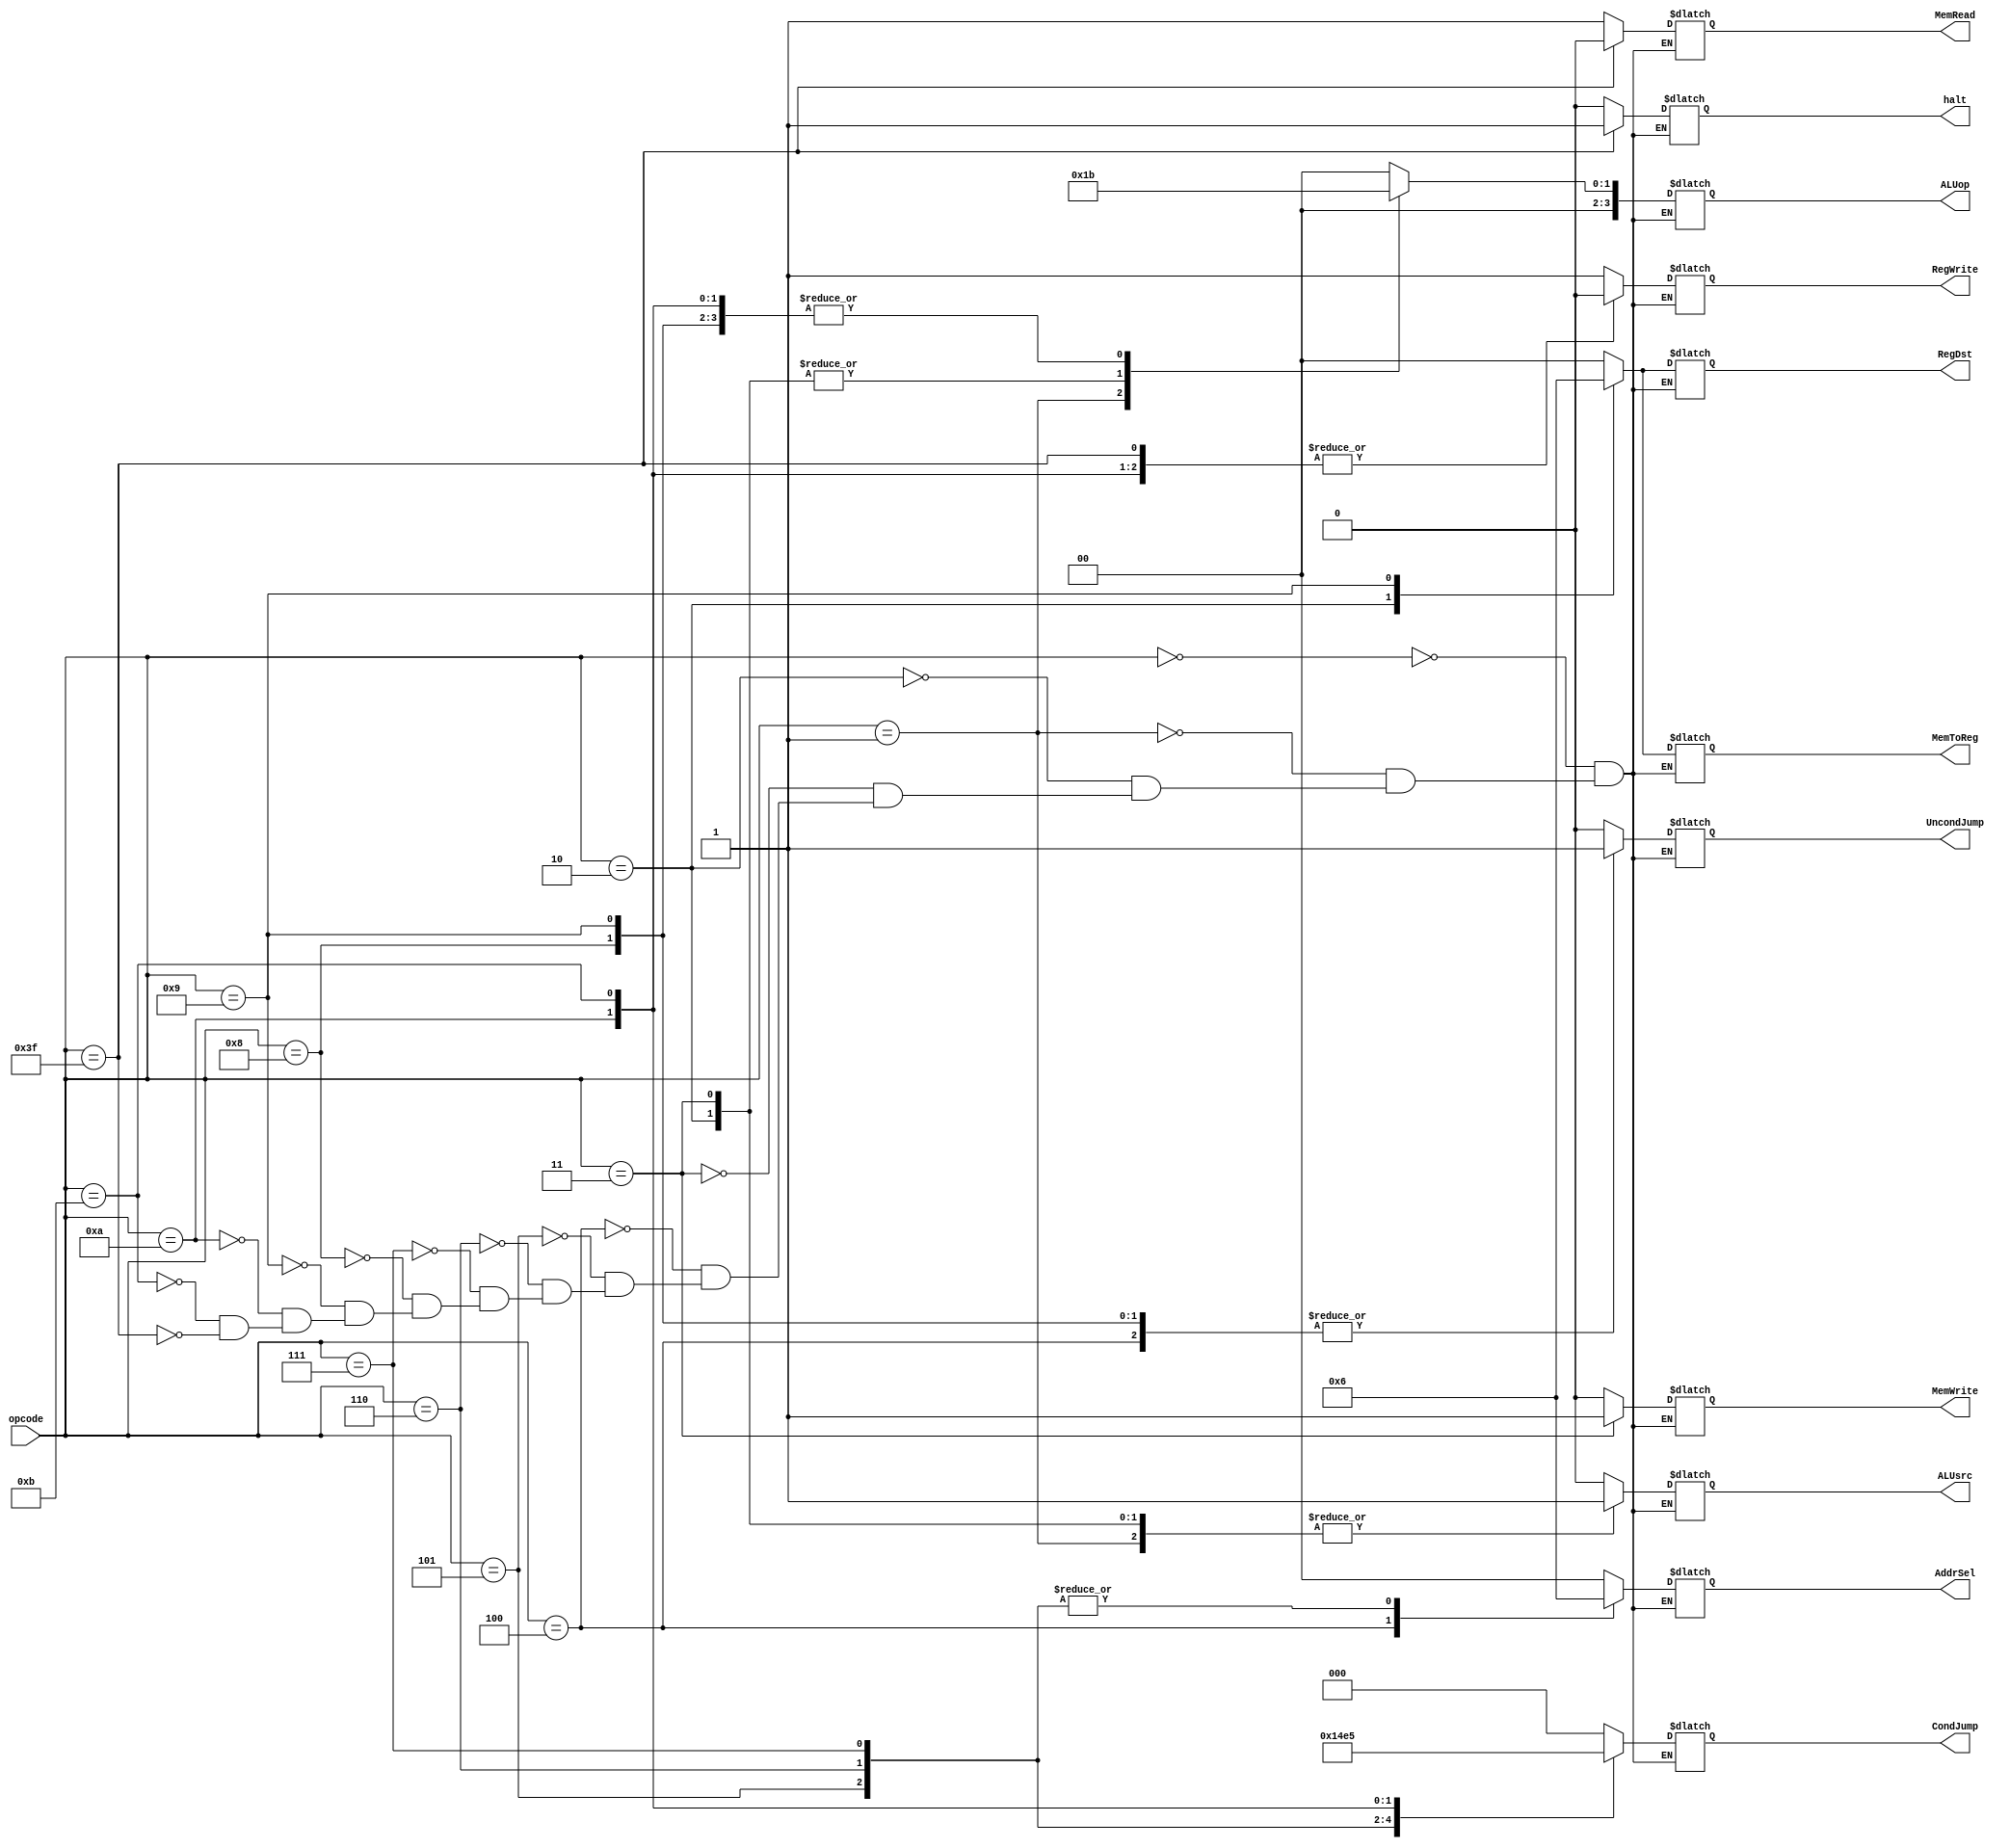
`timescale 1ns / 1ps

module cntrlUNIT(
	input [5:0] opcode,
	output reg [0:0] RegWrite,
	output reg [1:0] RegDst,
	output reg [0:0] MemRead,
	output reg [0:0] MemWrite,
	output reg [1:0] MemToReg,
	output reg [3:0] ALUop,
	output reg [2:0] CondJump,
	output reg [0:0] UncondJump,
	output reg [1:0] AddrSel,
	output reg [0:0] ALUsrc,
	output reg [0:0] halt
    );
	 
	always@(*)
	 begin
		case(opcode)
			6'b000000:									//add,comp,and,xor,shllv,shrlv,shrav,diff
				begin
					RegWrite <= 1'b1 ;
					RegDst <= 2'b00 ;
					MemRead <= 1'b1 ;
					MemWrite <= 1'b0 ;
					MemToReg <= 2'b00 ;
					ALUop <= 2'b00 ;
					ALUsrc <= 1'b0 ;
					CondJump <= 3'b000 ;
					UncondJump <= 1'b0 ;
					halt <= 1'b0 ;
					AddrSel <= 2'b00 ;
				end
			6'b000001:									//shll, shrl, shra, addi, compi
				begin
					RegWrite <= 1'b1 ;
					RegDst <= 2'b00 ;
					MemRead <= 1'b1 ;
					MemWrite <= 1'b0 ;
					MemToReg <= 2'b00 ;
					ALUop <= 2'b01 ;
					ALUsrc <= 1'b1 ;
					CondJump <= 3'b000 ;
					UncondJump <= 1'b0 ;
					halt <= 1'b0 ;
					AddrSel <= 2'b00 ;	
				end
			6'b000010:									//lw
				begin
					RegWrite <= 1'b1 ;
					RegDst <= 2'b01 ;
					MemRead <= 1'b1 ;
					MemWrite <= 1'b0 ;
					MemToReg <= 2'b01 ;
					ALUop <= 2'b10 ;
					ALUsrc <= 1'b1 ;
					CondJump <= 3'b000 ;
					UncondJump <= 1'b0 ;
					halt <= 1'b0 ;
					AddrSel <= 2'b00 ;
				end
			6'b000011:									//sw
				begin
					RegWrite <= 1'b0 ;
					RegDst <= 2'b00 ;
					MemRead <= 1'b1 ;
					MemWrite <= 1'b1 ;
					MemToReg <= 2'b00 ;
					ALUop <= 2'b10 ;
					ALUsrc <= 1'b1 ;
					CondJump <= 3'b000 ;
					UncondJump <= 1'b0 ;
					halt <= 1'b0 ;
					AddrSel <= 2'b00 ;
				end
			6'b000100:									//br
				begin
					RegWrite <= 1'b0 ;
					RegDst <= 2'b00 ;
					MemRead <= 1'b1 ;
					MemWrite <= 1'b0 ;
					MemToReg <= 2'b00 ;
					ALUop <= 2'b11 ;
					ALUsrc <= 1'b0 ;
					CondJump <= 3'b000 ;
					UncondJump <= 1'b1 ;
					halt <= 1'b0 ;
					AddrSel <= 2'b01;
				end
			6'b000101:									//bltz
				begin
					RegWrite <= 1'b0 ;
					RegDst <= 2'b00 ;
					MemRead <= 1'b1 ;
					MemWrite <= 1'b0 ;
					MemToReg <= 2'b00 ;
					ALUop <= 2'b11 ;
					ALUsrc <= 1'b0 ;
					CondJump <= 3'b001 ;
					UncondJump <= 1'b0 ;
					halt <= 1'b0 ;
					AddrSel <= 2'b10;
				end
			6'b000110:									//bz
				begin
					RegWrite <= 1'b0 ;
					RegDst <= 2'b00 ;
					MemRead <= 1'b1 ;
					MemWrite <= 1'b0 ;
					MemToReg <= 2'b00 ;
					ALUop <= 2'b11 ;
					ALUsrc <= 1'b0 ;
					CondJump <= 3'b010 ;
					UncondJump <= 1'b0 ;
					halt <= 1'b0 ;
					AddrSel <= 2'b10;
				end
			6'b000111:									//bnz
				begin
					RegWrite <= 1'b0 ;
					RegDst <= 2'b00 ;
					MemRead <= 1'b1 ;
					MemWrite <= 1'b0 ;
					MemToReg <= 2'b00 ;
					ALUop <= 2'b11 ;
					ALUsrc <= 1'b0 ;
					CondJump <= 3'b011 ;
					UncondJump <= 1'b0 ;
					halt <= 1'b0 ;
					AddrSel <= 2'b10;
				end
			6'b001000:									//b
				begin
					RegWrite <= 1'b0 ;
					RegDst <= 2'b00 ;
					MemRead <= 1'b1 ;
					MemWrite <= 1'b0 ;
					MemToReg <= 2'b00 ;
					ALUop <= 2'b11 ;
					ALUsrc <= 1'b0 ;
					CondJump <= 3'b000 ;
					UncondJump <= 1'b1 ;
					halt <= 1'b0 ;
					AddrSel <= 2'b00;
				end
			6'b001001:									//bl
				begin
					RegWrite <= 1'b1 ;
					RegDst <= 2'b10 ;
					MemRead <= 1'b1 ;
					MemWrite <= 1'b0 ;
					MemToReg <= 2'b10 ;
					ALUop <= 2'b11 ;
					ALUsrc <= 1'b0 ;
					CondJump <= 3'b000 ;
					UncondJump <= 1'b1 ;
					halt <= 1'b0 ;
					AddrSel <= 2'b00;
				end
			6'b001010:									//bcy
				begin
					RegWrite <= 1'b0 ;
					RegDst <= 2'b00 ;
					MemRead <= 1'b1 ;
					MemWrite <= 1'b0 ;
					MemToReg <= 2'b00 ;
					ALUop <= 2'b11 ;
					ALUsrc <= 1'b0 ;
					CondJump <= 3'b100 ;
					UncondJump <= 1'b0 ;
					halt <= 1'b0 ;
					AddrSel <= 2'b00;
				end
			6'b001011:									//bncy
				begin
					RegWrite <= 1'b0 ;
					RegDst <= 2'b00 ;
					MemRead <= 1'b1 ;
					MemWrite <= 1'b0 ;
					MemToReg <= 2'b00 ;
					ALUop <= 2'b11 ;
					ALUsrc <= 1'b0 ;
					CondJump <= 3'b101 ;
					UncondJump <= 1'b0 ;
					halt <= 1'b0 ;
					AddrSel <= 2'b00;
				end
			6'b111111:									//add,comp,and,xor,shllv,shrlv,shrav,diff
				begin
					RegWrite <= 1'b0 ;
					RegDst <= 2'b00 ;
					MemRead <= 1'b0 ;
					MemWrite <= 1'b0 ;
					MemToReg <= 2'b00 ;
					ALUop <= 2'b00 ;
					ALUsrc <= 1'b0 ;
					CondJump <= 3'b000 ;
					UncondJump <= 1'b0 ;
					halt <= 1'b1 ;
					AddrSel <= 2'b00 ;
				end
			endcase
		end
endmodule